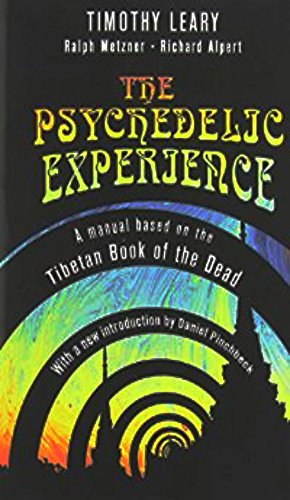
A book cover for The Psychedelic Experience: A Manual Based on the Tibetan Book of the Dead (1964); Timothy Leary; Religion & Spirituality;